Report on the working of the Ranchi Indian Mental Hospital, Kanke, in Bihar and Orissa - 1930-1940
Year: 1930
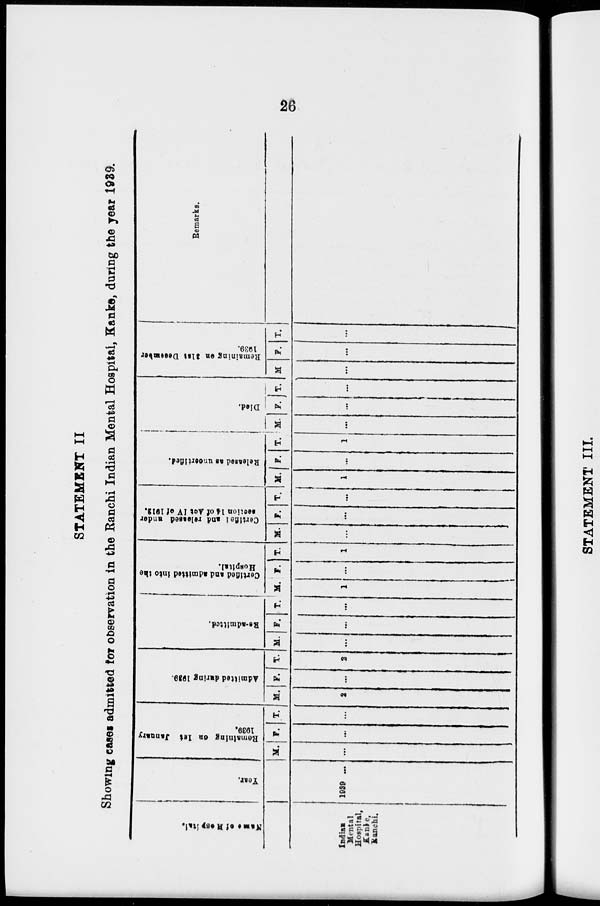
26
STATEMENT II
Showing cases admitted for observation in the Ranchi Indian Mental Hospital, Kanke, during the year 1939.
Name of Hospital.
Indian
Mental
Hospital,
Kanke,
Ranchi.
Year.
1939 ...
Remaining on 1st January
1939.
M.
...
F.
...
T.
...
Admitted daring 1939.
M.
2
F.
... T.
2
Re-admitted.
M.
...
F.
...
T.
...
Certified and admitted into the
Hospital.
M.
1
F.
...
T.
1
Certified and released under
section 14 of Act IV of 1912.
M.
...
F.
...
T.
...
Released as uncertified.
M.
1
F.
...
T.
1
Died.
M.
...
F.
...
T.
...
Remaining en Slat December
1939.
M.
...
F.
...
T.
...
Remarks.